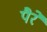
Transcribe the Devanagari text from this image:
पैरें